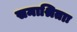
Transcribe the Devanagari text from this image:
समाश्रिताः